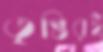
তৃপ্তিরই